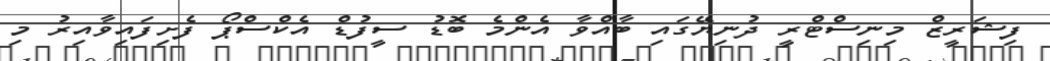
ފިޝަރީޒް މިނިސްޓްރީ ދުނިޔޭގައި ބާއްވާ އެންމެ ބޮޑު ސީފުޑް އެކްސްޕޯ ފެށިފައިވާއިރު މި